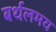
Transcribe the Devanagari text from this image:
बर्थलमय